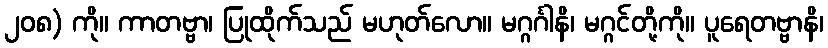
၂၀၈) ကို။ ကာတဗ္ဗာ၊ ပြုထိုက်သည် မဟုတ်လော။ မဂ္ဂင်္ဂါနိ၊ မဂ္ဂင်တို့ကို။ ပူရေတဗ္ဗာနိ၊